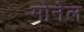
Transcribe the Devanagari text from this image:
मोनेल